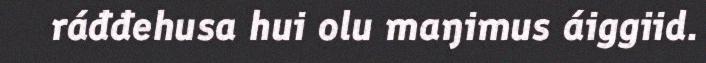
ráđđehusa hui olu maŋimus áiggiid.